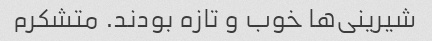
شیرینی‌ها خوب و تازه بودند. متشکرم